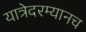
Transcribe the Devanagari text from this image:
यात्रेदरम्यानच